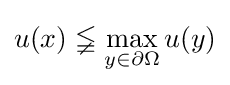
u(x)\lneqq \max _{y\in \partial \Omega }u(y)